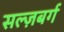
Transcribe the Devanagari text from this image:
सल्ज़बर्ग